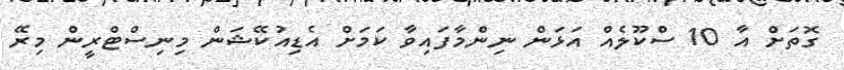
ގޮތަށް އާ 10 ސްކޫލެއް އަޅަން ނިންމާފައިވާ ކަމަށް އެޑިއުކޭޝަން މިނިސްޓްރީން މިރޭ